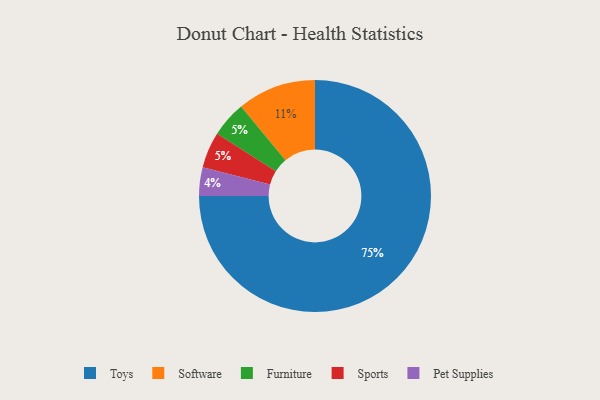
{"axis": {"x": "Category", "y": "Percentage"}, "legend": ["Furniture", "Pet Supplies", "Software", "Sports", "Toys"], "data": [{"x": "Toys", "y": 75, "type": "Toys"}, {"x": "Furniture", "y": 5, "type": "Furniture"}, {"x": "Sports", "y": 5, "type": "Sports"}, {"x": "Software", "y": 11, "type": "Software"}, {"x": "Pet Supplies", "y": 4, "type": "Pet Supplies"}]}